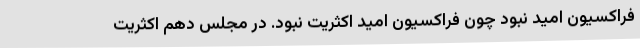
فراکسیون امید نبود چون فراکسیون امید اکثریت نبود. در مجلس دهم اکثریت